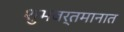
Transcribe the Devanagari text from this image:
शुभवर्तमानात